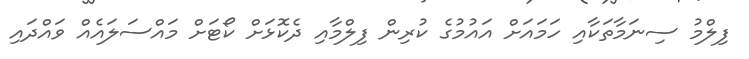
ފިލްމު ސިނަމާތަކާއި ހަމައަށް އައުމުގެ ކުރިން ފިލްމާއި ދެކޮޅަށް ކޯޓަށް މައްސަލައެއް ވައްދައި